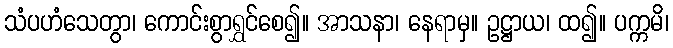
သံပဟံသေတွာ၊ ကောင်းစွာရွှင်စေ၍။ အာသနာ၊ နေရာမှ။ ဥဋ္ဌာယ၊ ထ၍။ ပက္ကမိ၊